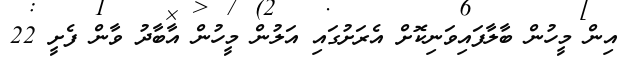
އިން މީހުން ބާލާފައިވަނިކޮށް އެރަށުގައި އަލުން މީހުން އާބާދު ވާން ފެށީ 22